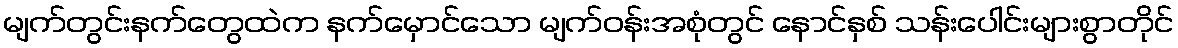
မျက်တွင်းနက်တွေထဲက နက်မှောင်သော မျက်ဝန်းအစုံတွင် နောင်နှစ် သန်းပေါင်းများစွာတိုင်